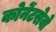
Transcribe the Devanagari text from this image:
कोनेंटसेवो